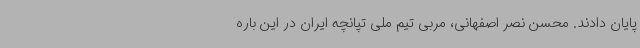
پایان دادند. محسن نصر اصفهانی، مربی تیم ملی تپانچه ایران در این باره